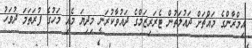
އިމްރާންގެ މައްޗަށް ދައުލަތުން ޓެރަރިޒަމްގެ ދައުވާކުރަނީ މިދިޔަ މެއި މަހުގެ ފުރަތަމަ ދުވަހު